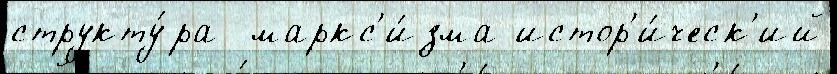
структу́ра  маркс'и́зма истор'и́ческ'ий